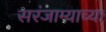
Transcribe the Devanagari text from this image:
सरंजाम्याच्या